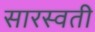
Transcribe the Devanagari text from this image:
सारस्वती